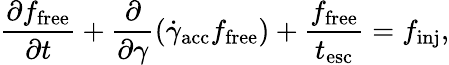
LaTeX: \frac{\partial f_{\mathrm{free}}}{\partial t}+\frac{\partial}{\partial\gamma}\left(\dot{\gamma}_{\mathrm{acc}}f_{\mathrm{free}}\right)+\frac{f_{\mathrm{free}}}{t_{\mathrm{esc}}}=f_{\mathrm{inj}},